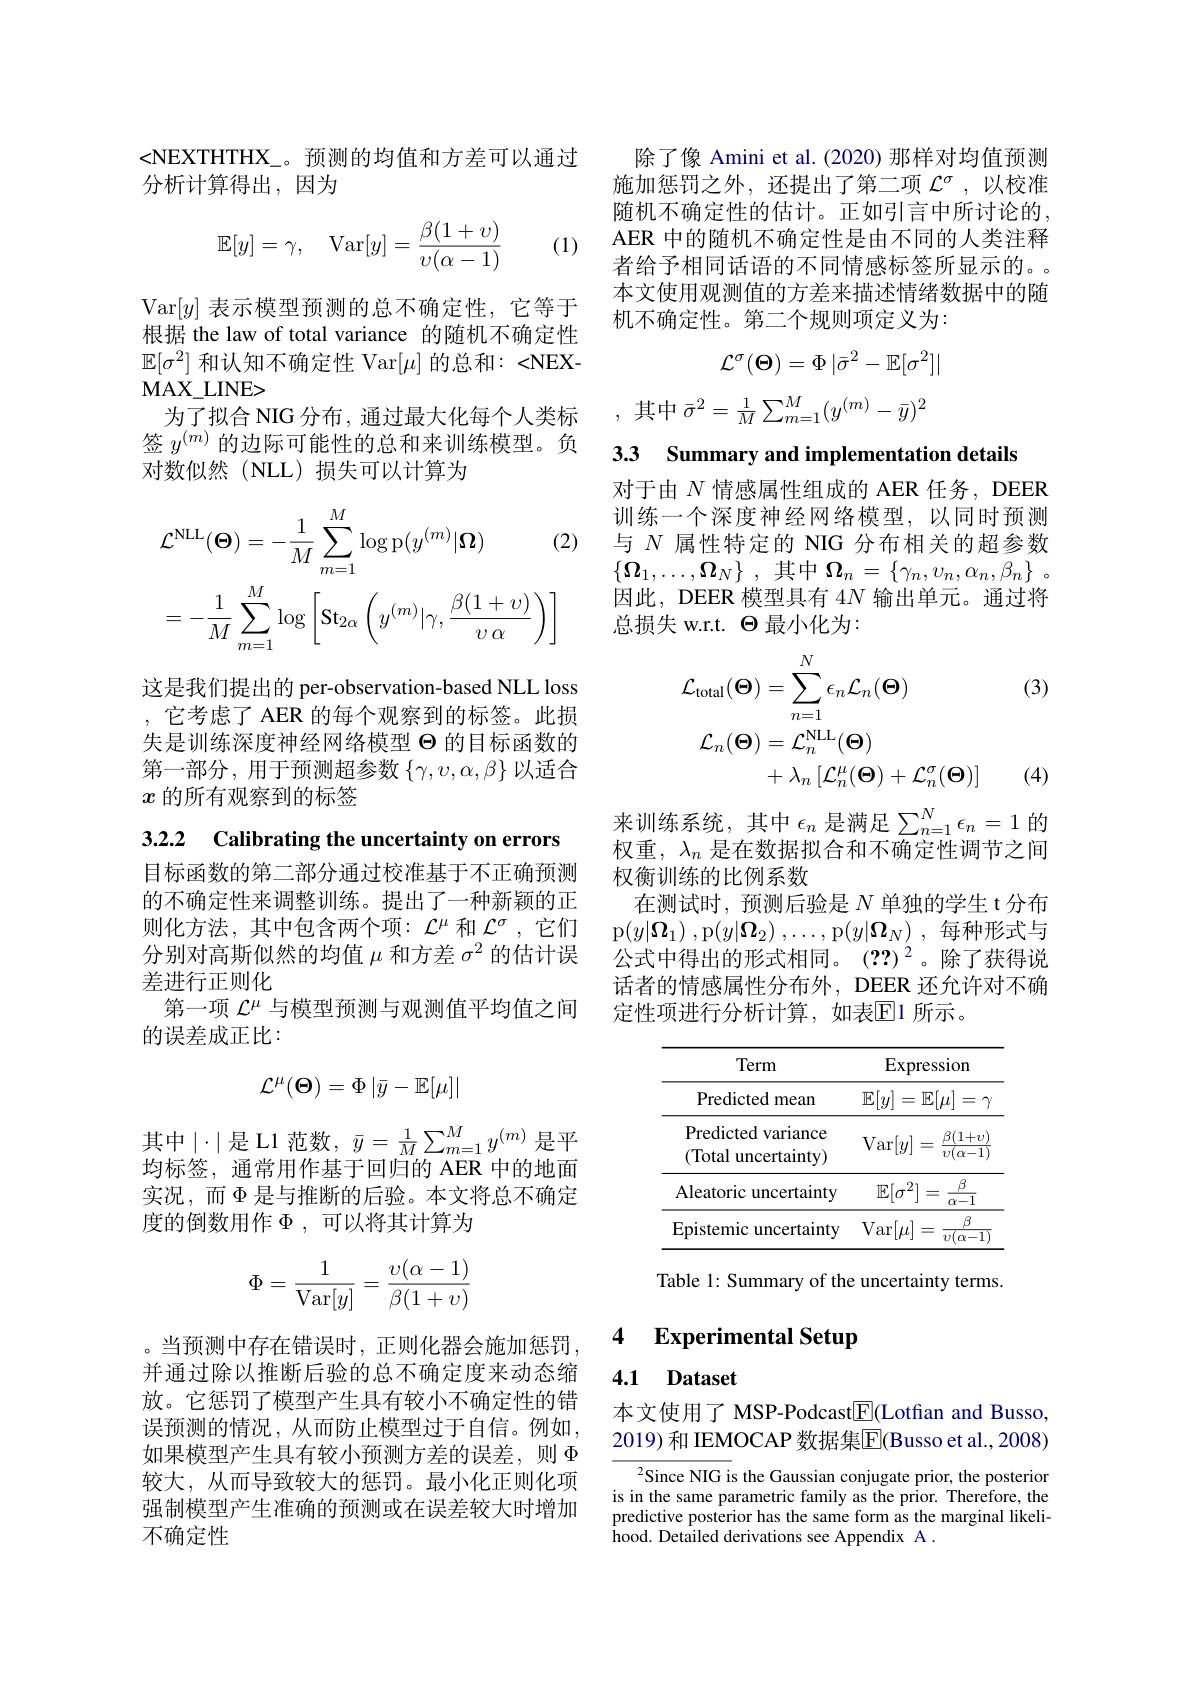
<NEXTHTHX\_。预测的均值和方差可以通过
分析计算得出，因为

(1)
$$\mathbb{E}[y]=\gamma,\quad\text{Var}[y]=\dfrac{\beta(1+v)}{v(\alpha-1)}$$
Var$[y]$表示模型预测的总不确定性，它等于根据 the law of total variance 的随机不确定性$\mathbb{E}[\sigma^2]$和认知不确定性 Var$[\mu]$的总和：<NEXMAX$\_$LINE>
为了拟合 NIG 分布，通过最大化每个人类标签$y^{(m)}$的边际可能性的总和来训练模型。负对数似然(NLL)损失可以计算为
$$\begin{aligned}&\mathcal{L}^{\mathrm{NLL}}(\boldsymbol{\Theta})=-\frac{1}{M}\sum_{m=1}^{M}\log\mathrm{p}(y^{(m)}|\boldsymbol{\Omega})&\text{(2)}\\&=-\frac{1}{M}\sum_{m=1}^{M}\log\left[\mathrm{St}_{2\alpha}\left(y^{(m)}|\gamma,\frac{\beta(1+v)}{v\:\alpha}\right)\right]\end{aligned}$$
这是我们提出的 per-observation-based NLL loss ,它考虑了 AER 的每个观察到的标签。此损失是训练深度神经网络模型$\Theta$的目标函数的第一部分，用于预测超参数$\{\gamma,v,\alpha,\beta\}$以适合$x$的所有观察到的标签

3.2.2 Calibrating the uncertainty on errors

目标函数的第二部分通过校准基于不正确预测的不确定性来调整训练。提出了一种新颖的正则化方法，其中包含两个项：$\mathcal{L}^\mu$和$\mathcal{L}^\sigma$,它们分别对高斯似然的均值$\mu$和方差$\sigma^2$的估计误差进行正则化
第一项$\mathcal{L}^\mu$与模型预测与观测值平均值之间
的误差成正比：
$$\mathcal{L}^\mu(\boldsymbol{\Theta})=\Phi\left|\bar{y}-\mathbb{E}[\mu]\right|$$
其中$\mid\cdot\mid$是L1 范数，$\bar{y}=\frac1M\sum_{m=1}^My^{(m)}$是平均标签，通常用作基于回归的 AER 中的地面实况，而$\Phi$ 是与推断的后验。本文将总不确定度的倒数用作$\Phi$,可以将其计算为
$$\Phi=\dfrac{1}{\text{Var}[y]}=\dfrac{v(\alpha-1)}{\beta(1+v)}$$
。当预测中存在错误时，正则化器会施加惩罚， 并通过除以推断后验的总不确定度来动态缩放。它惩罚了模型产生具有较小不确定性的错误预测的情况，从而防止模型过于自信。例如， 如果模型产生具有较小预测方差的误差，则$\Phi$ 较大，从而导致较大的惩罚。最小化正则化项强制模型产生准确的预测或在误差较大时增加不确定性

除了像 Amini et al. (2020) 那样对均值预测施加惩罚之外，还提出了第二项 $\mathcal{L}^\sigma$,以校准随机不确定性的估计。正如引言中所讨论的， AER 中的随机不确定性是由不同的人类注释者给予相同话语的不同情感标签所显示的。本文使用观测值的方差来描述情绪数据中的随机不确定性。第二个规则项定义为：
$$\mathcal{L}^\sigma(\boldsymbol{\Theta})=\Phi|\bar{\sigma}^2-\mathbb{E}[\sigma^2]|$$
$${\bar{\sigma}}^{2}=\frac{1}{M}\sum_{m=1}^{M}(y^{(m)}-{\bar{y}})^{2}$$
# 3.3 Summary and implementation details

对于由$N$情感属性组成的 AER 任务，DEER 训练一个深度神经网络模型，以同时预测与$N$属性特定的 NIG 分布相关的超参数$\{ \boldsymbol{\Omega }_1, \ldots , \boldsymbol{\Omega }_N\}$ , 其中$\boldsymbol{\Omega }_n= \{ \gamma _n, v_n, \alpha _n, \beta _n\}$ 。因此，DEER 模型具有 4$N$输出单元。通过将总损失 w.r.t. $\Theta$最小化为：

(3)
$$\begin{aligned}\mathcal{L}_{\mathrm{total}}(\Theta)&=\sum_{n=1}^{N}\epsilon_{n}\mathcal{L}_{n}(\Theta)\\\mathcal{L}_{n}(\Theta)&=\mathcal{L}_{n}^{\mathrm{NLL}}(\Theta)\\&+\lambda_{n}\left[\mathcal{L}_{n}^{\mu}(\Theta)+\mathcal{L}_{n}^{\sigma}(\Theta)\right]\end{aligned}$$
(4)

来训练系统，其中$\epsilon_n$是满足$\sum_n=1^N\epsilon_n=1$的权重，$\lambda_n$是在数据拟合和不确定性调节之间

权衡训练的比例系数
在测试时，预测后验是$N$单独的学生 t 分布p$( y| \boldsymbol{\Omega }_1)$ ,p$( y| \boldsymbol{\Omega }_2)$ $, \ldots $,p$( y| \boldsymbol{\Omega }_N)$ ,每种形式与公式中得出的形式相同。(??)$^2$。除了获得说话者的情感属性分布外，DEER 还允许对不确定性项进行分析计算，如表$\overline{\mathbb{E}}$1 所示。

<table>
	<tbody>
		<tr>
			<th>Term</th>
			<th>Expr</th>
			<th>press1on</th>
		</tr>
		<tr>
			<td>Predicted mean</td>
			<td>$\mathbb{E}[y]:$ =</td>
			<td>$\mathbb{E}[\mu]=$ -</td>
		</tr>
		<tr>
			<td>Predicted variance $({\mathrm{Total}}$ uncertaintv) </td>
			<td>Var$[y]$</td>
			<td>$\beta(1+v$ $\because\left|\begin{array}{c}1&1\\1&1\end{array}\right|$ 11 $\overline{v(\alpha-1}$</td>
		</tr>
		<tr>
			<td>Aleatoric uncertainty</td>
			<td>$\mathbb{E}[\sigma^2]$</td>
			<td>$\beta$ 2]: = $\alpha-1$</td>
		</tr>
		<tr>
			<td>Epistemic :uncertainty</td>
			<td>Var$[\mu]$</td>
			<td>$\beta$ $t|$ = $\overline{v(\alpha-1}$</td>
		</tr>
	</tbody>
</table>

Table l: Summary of the uncertainty terms.

### 4 Experimental Setup

### 4.1 Dataset

本文使用了 MSP-Podcast$\boxed{\mathrm{F}}($Lotfan and Busso, 2019) 和 IEMOCAP 数据集$\overline{\mathrm{E}}($Busso et al., 2008)

Since NIG is the Gaussian conjugate prior, the posterior is in the same parametric family as the prior. Therefore, the predictive posterior has the same form as the marginal likeli- $\bar{\text{hood. Detailed derivations see Appendix A}}.$